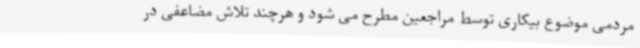
مردمی موضوع بیکاری توسط مراجعین مطرح می شود و هرچند تلاش مضاعفی در